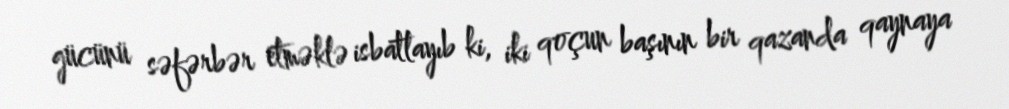
gücünü səfərbər etməklə isbatlayıb ki, iki qoçun başının bir qazanda qaynaya